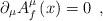
LaTeX: \begin{align*}\partial _\mu A_f^\mu \left( x\right) =0\;\,,\end{align*}